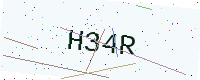
Text: H34R